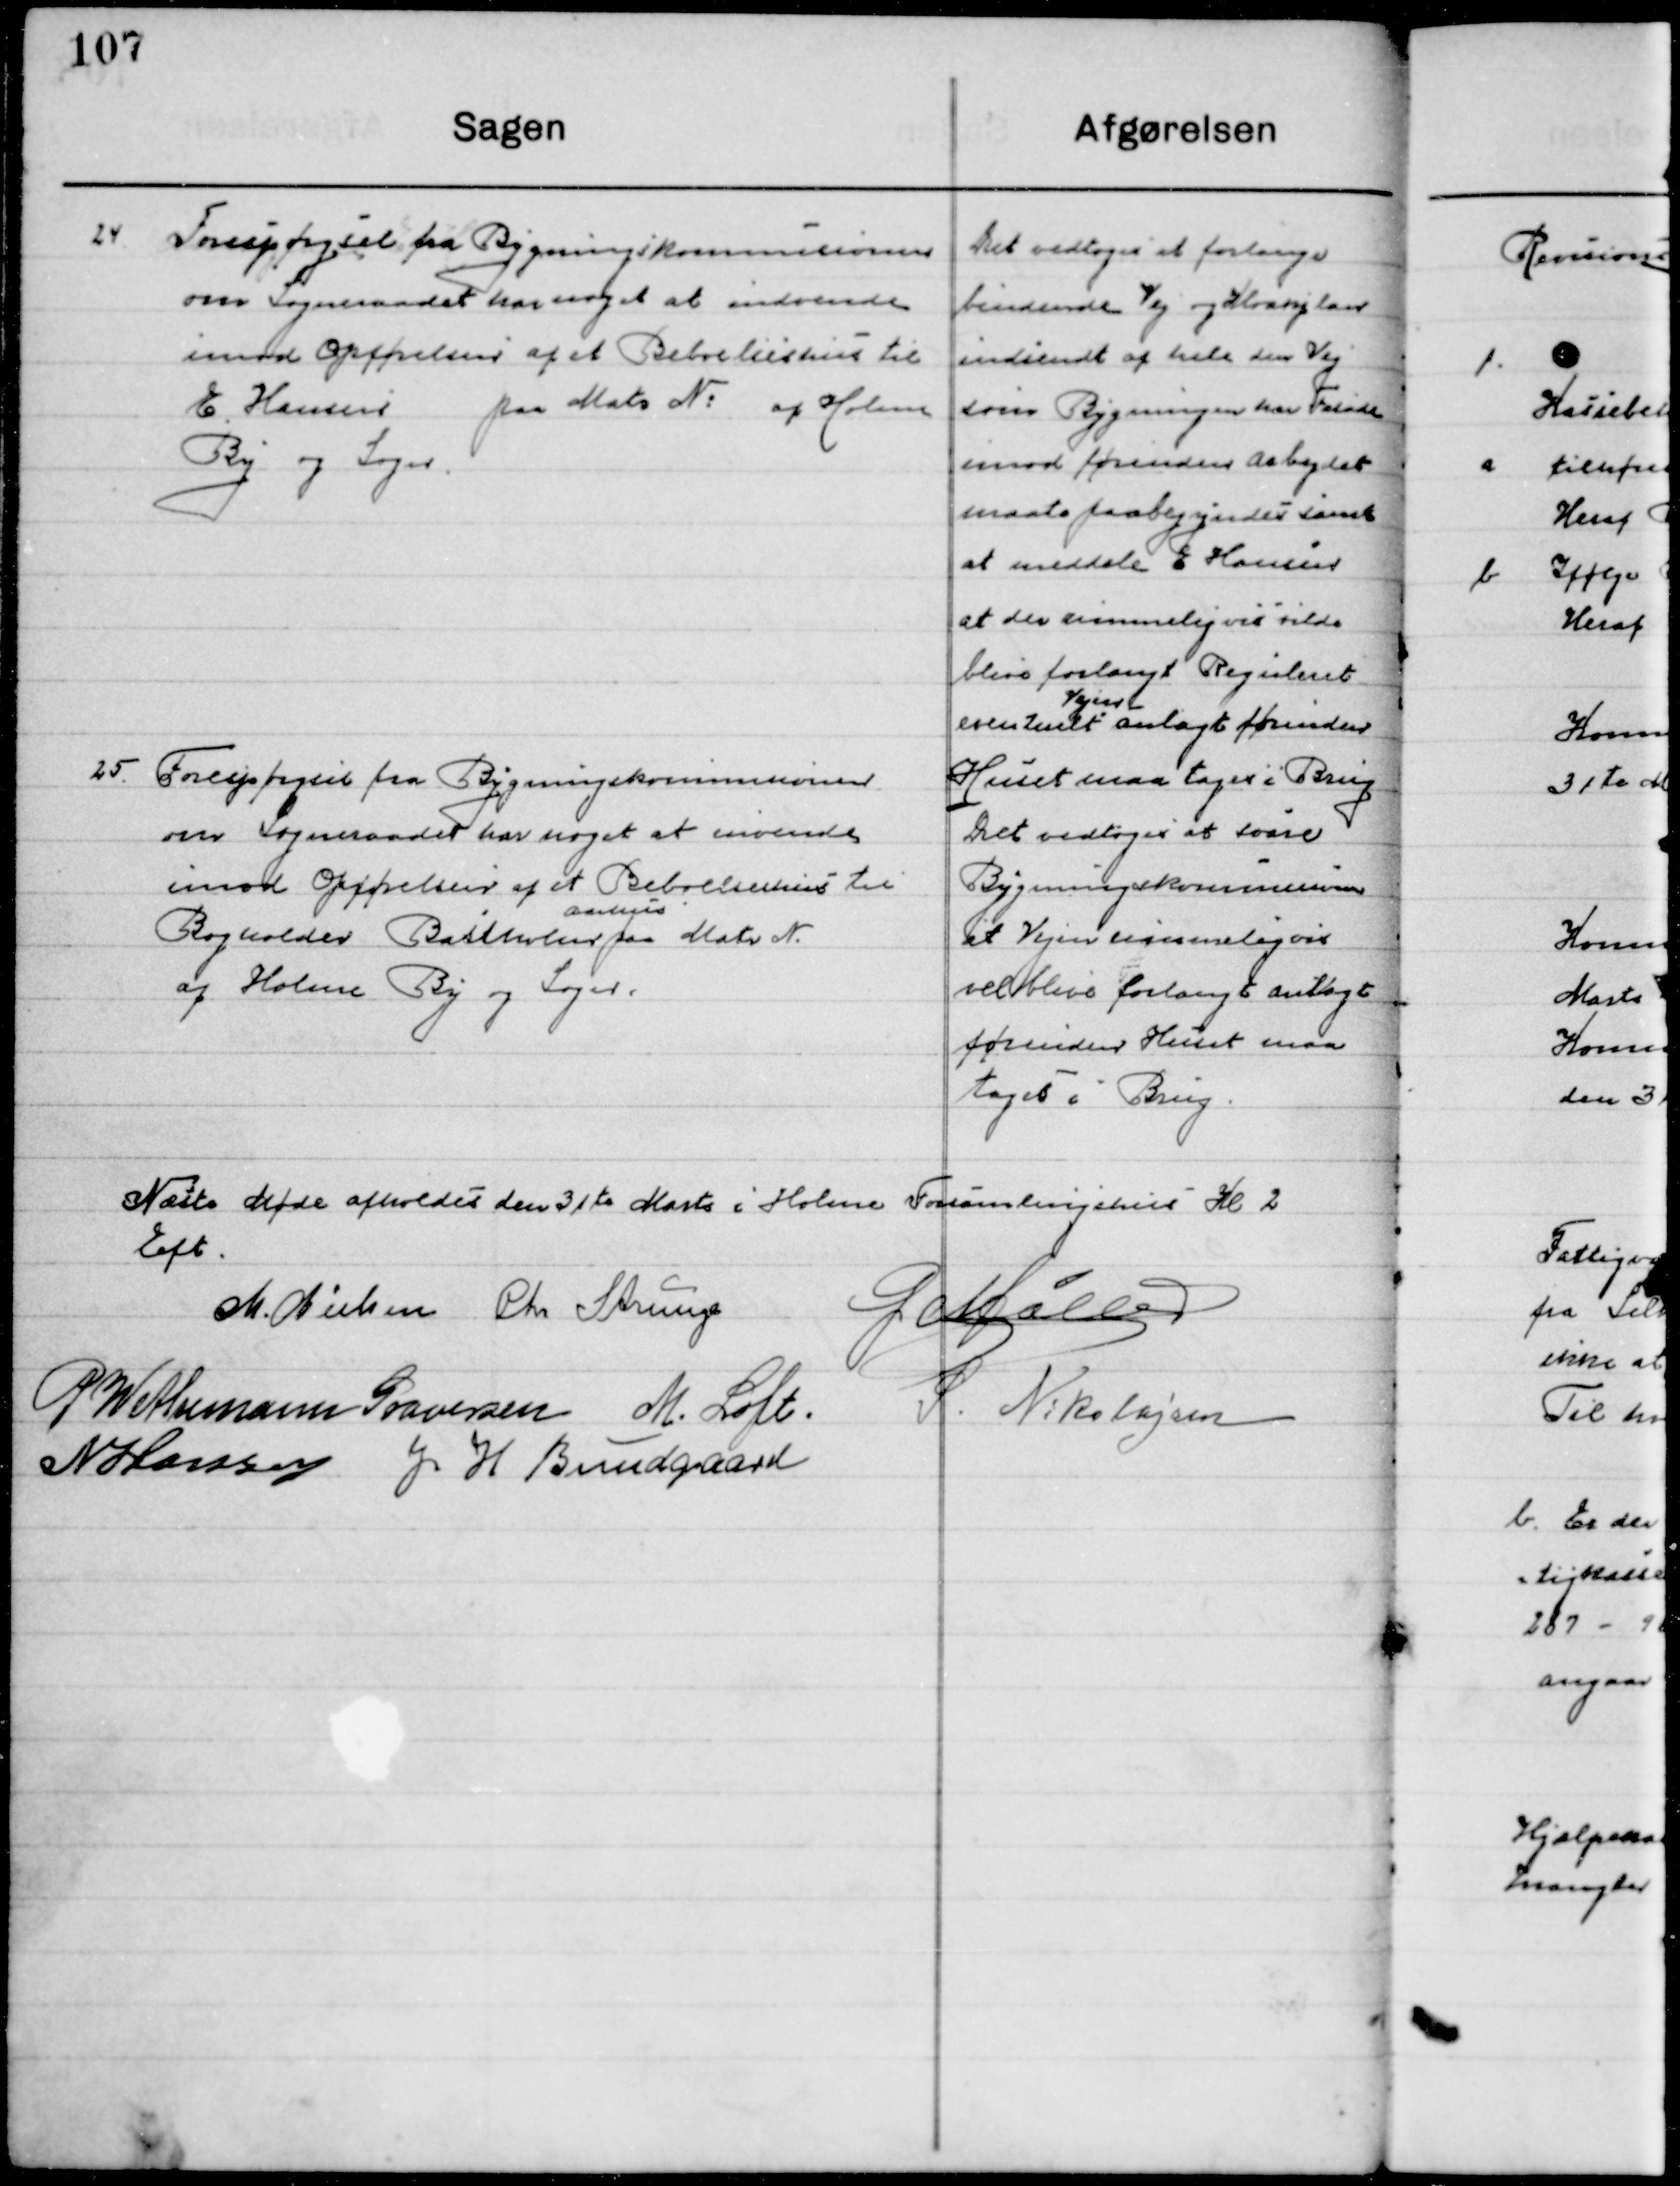
Transskription:
24

Forespørgsel fra Bygningskommissionen
om Sogneraadet har noget at indvende
imod Opførelsen af et Beboelseshus til
E. Hansen paa Matr. No. af Holme
By og Sogn.

Det vedtoges at forlange
bindende Vej og Kloakplan
indsendt af hele den Vej
som Bygningen har Facade 
Imod forinden arbejdet 
maatte paabegyndes samt 
at meddele E. Hansen 
at der rimmeligvis vilde
blive forlangt regulært
eventuelt 
Vejen 
anlagt forinden
Huset maa tages i Brug

25

Forespørgsel fra Bygningskommissionen
om Sogneraadet har noget at indvende
imod Opførelsen af et Beboelseshus til
Bogholder Bastholm  
Aarhus	
paa Matr. N.
af Holme By og Sogn.

Det vedtoges at svare
Bygningskommissionen
at Vejen sandsynligvis
vil blive forlang anlagt
forinden Huset maa
tages i Brug.

Næste Møde afholdes den 31te Marts i Holme Forsamlingshus Kl. 2 
Eft.

M. Nielsen
Chr. Strunge
G. Møller
P. Wethemann Graversen
M. Loft
S. Nikolajsen
H. Hansen
J. H. Bundgaard